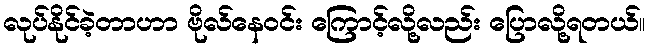
လုပ်နိုင်ခဲ့တာဟာ ဗိုလ်နေဝင်း ကြောင့်လို့လည်း ပြောလို့ရတယ်။